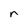
Character: r